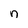
Character: n